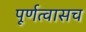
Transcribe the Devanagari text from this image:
पूर्णत्वासच